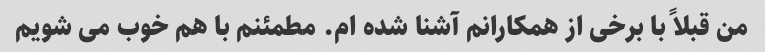
من قبلاً با برخی از همکارانم آشنا شده ام. مطمئنم با هم خوب می شویم